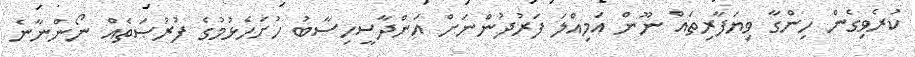
ކުރެވިގެން ހިންގާ ވިޔަފާރިތައް ނޫން އަމިއްލަ ފަރުދުންނަށް އަންދާސީހިސާބު ހުށަހެޅުމުގެ ފުރުޞަތެއް ނޯންނާނެ